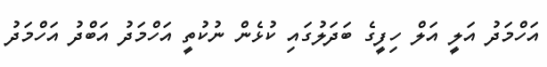
އަހްމަދު އަލީ އަލް ހިފީގެ ބަދަލުގައި ކުޅެން ނުކުތީ އަހްމަދު އަބްދު އަހްމަދު